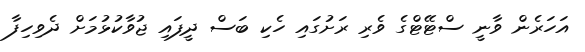
އަހަރެން ވާނީ ސްޓޭޓްގެ ވެރި ރަށުގައި ހެކި ބަސް ދީފައި ޖުވާކުޅުމަށް ދެވިހިފާ